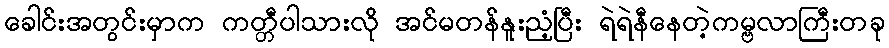
ခေါင်းအတွင်းမှာက ကတ္တီပါသားလို အင်မတန်နူးညံ့ပြီး ရဲရဲနီနေတဲ့ကမ္ဗလာကြီးတခု